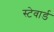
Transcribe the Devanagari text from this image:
स्टेवार्ड